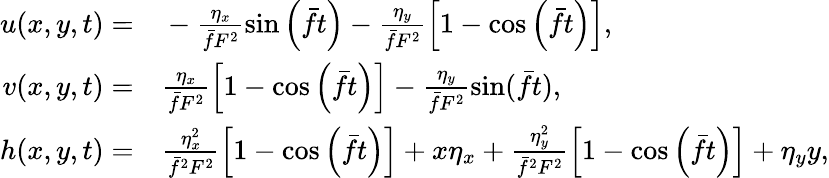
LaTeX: \begin{array}{rl}{u(x,y,t)=}&{{}-\frac{\eta_{x}}{\bar{f}F^{2}}\sin\left(\bar{f}t\right)-\frac{\eta_{y}}{\bar{f}F^{2}}\left[1-\cos\left(\bar{f}t\right)\right],}\\ {v(x,y,t)=}&{{}\frac{\eta_{x}}{\bar{f}F^{2}}\left[1-\cos\left(\bar{f}t\right)\right]-\frac{\eta_{y}}{\bar{f}F^{2}}\sin(\bar{f}t),}\\ {h(x,y,t)=}&{{}\frac{\eta_{x}^{2}}{\bar{f}^{2}F^{2}}\left[1-\cos\left(\bar{f}t\right)\right]+x\eta_{x}+\frac{\eta_{y}^{2}}{\bar{f}^{2}F^{2}}\left[1-\cos\left(\bar{f}t\right)\right]+\eta_{y}y,}\end{array}